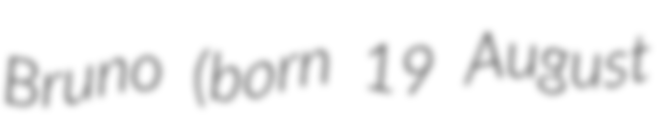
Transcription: Bruno (born 19 August